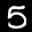
Label: 5